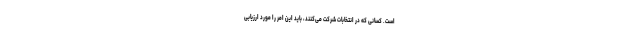
است. کسانی که در انتخابات شرکت می‌کنند، باید این امر را مورد ارزیابی